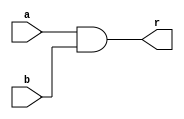
module and2x(input a,b,output r);
	assign r=a & b;
endmodule